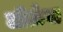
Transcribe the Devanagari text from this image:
जीऊँगा